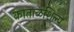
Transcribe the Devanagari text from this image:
काताळशिल्प